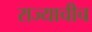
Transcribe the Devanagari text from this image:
राज्याचीच